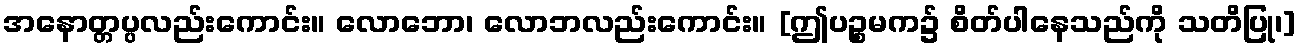
အနောတ္တပ္ပလည်းကောင်း။ လောဘော၊ လောဘလည်းကောင်း။ [ဤပဉ္စမက၌ စိတ်ပါနေသည်ကို သတိပြု၊]